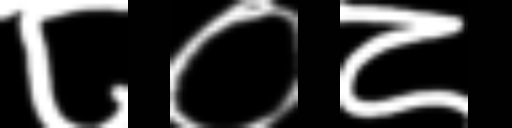
Text: ८०८